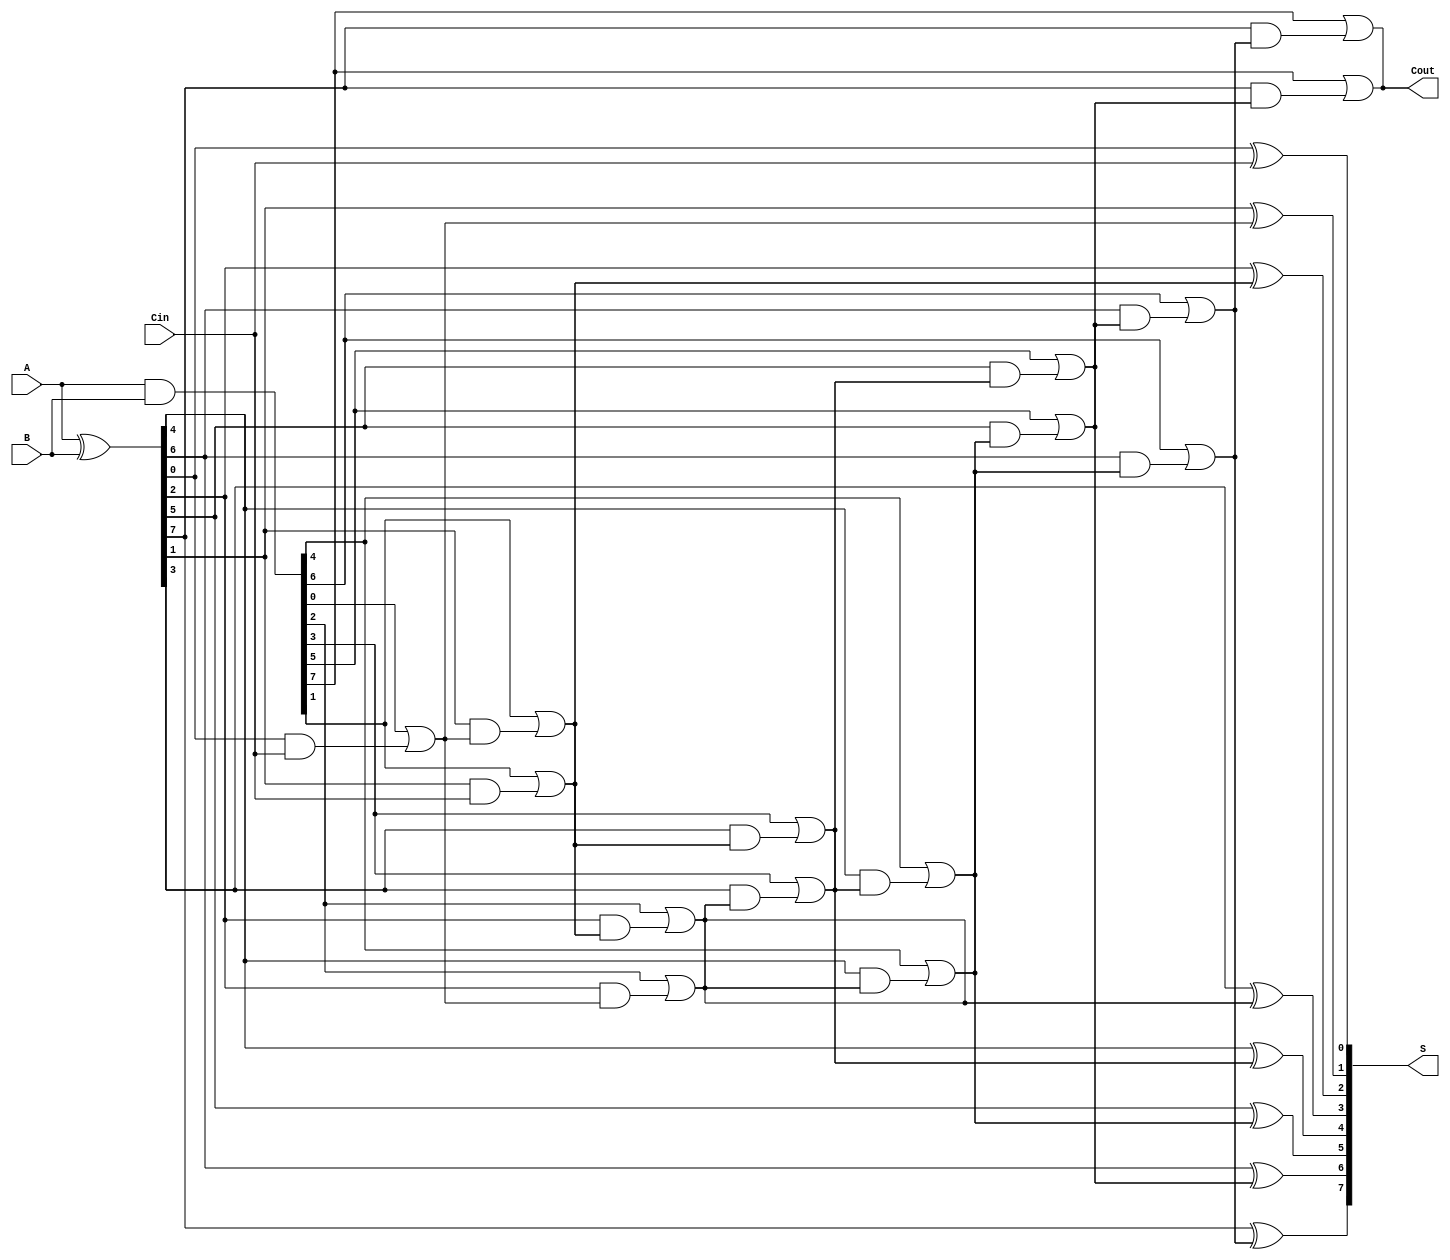
module SklanskyAdder #(parameter n = 8) (
    input [n-1:0] A,      // First input
    input [n-1:0] B,      // Second input
    input Cin,            // Carry-in
    output [n-1:0] S,     // Sum output
    output Cout           // Carry-out
);

    // Generate and Propagate signals
    wire [n-1:0] G; // Generate
    wire [n-1:0] P; // Propagate
    wire [n:0] C;    // Carry signals

    // Compute Generate and Propagate signals
    assign G = A & B;      // G[i] = A[i] & B[i]
    assign P = A ^ B;      // P[i] = A[i] ^ B[i]

    // Carry signals
    assign C[0] = Cin; // Initial carry-in

    // Level 1: Compute carries for pairs of bits
    genvar i;
    generate
        for (i = 0; i < n; i = i + 2) begin : level1
            if (i + 1 < n) begin
                assign C[i + 1] = G[i] | (P[i] & C[i]);
                assign C[i + 2] = G[i + 1] | (P[i + 1] & C[i + 1]);
            end
        end
    endgenerate

    // Level 2: Compute carries for groups of four bits
    generate
        for (i = 0; i < n; i = i + 4) begin : level2
            if (i + 3 < n) begin
                assign C[i + 2] = G[i + 1] | (P[i + 1] & C[i]);
                assign C[i + 3] = G[i + 2] | (P[i + 2] & C[i + 1]);
                assign C[i + 4] = G[i + 3] | (P[i + 3] & C[i + 2]);
            end
        end
    endgenerate

    // Level 3: Compute carries for groups of eight bits
    generate
        for (i = 0; i < n; i = i + 8) begin : level3
            if (i + 7 < n) begin
                assign C[i + 4] = G[i + 3] | (P[i + 3] & C[i + 2]);
                assign C[i + 5] = G[i + 4] | (P[i + 4] & C[i + 3]);
                assign C[i + 6] = G[i + 5] | (P[i + 5] & C[i + 4]);
                assign C[i + 7] = G[i + 6] | (P[i + 6] & C[i + 5]);
                assign C[i + 8] = G[i + 7] | (P[i + 7] & C[i + 6]);
            end
        end
    endgenerate

    // Final carry-out
    assign Cout = C[n];

    // Sum calculation
    generate
        for (i = 0; i < n; i = i + 1) begin : sum_calculation
            assign S[i] = P[i] ^ C[i]; // S[i] = P[i] ^ C[i-1]
        end
    endgenerate

endmodule